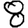
Digit: 8